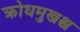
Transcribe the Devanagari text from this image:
क्रोधमुखश्च